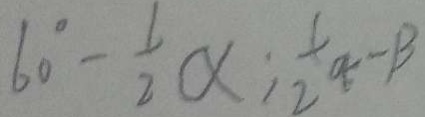
6 0 ^ { \circ } - \frac { 1 } { 2 } \alpha ; \frac { 1 } { 2 } \alpha - \beta